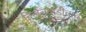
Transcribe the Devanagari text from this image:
चिखलवाडीचाच